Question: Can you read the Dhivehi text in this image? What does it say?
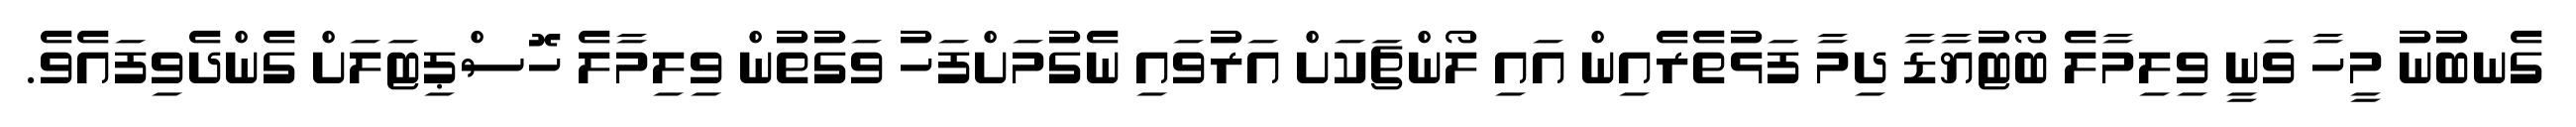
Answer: ގެނބުނު މީހާ ވަނީ ވިލިމާލެ ބޯޓުޔާޑާ ދިމާ ފަޅުތެރެއިން އައި ލޯންޗަކަށް އަރުވައި ނެގުމަށްފަހު ވަގުތުން ވިލިމާލެ ހޮސްޕިޓަލަށް ގެންދެވިފައެވެ.